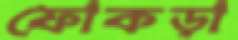
ফোকড়া